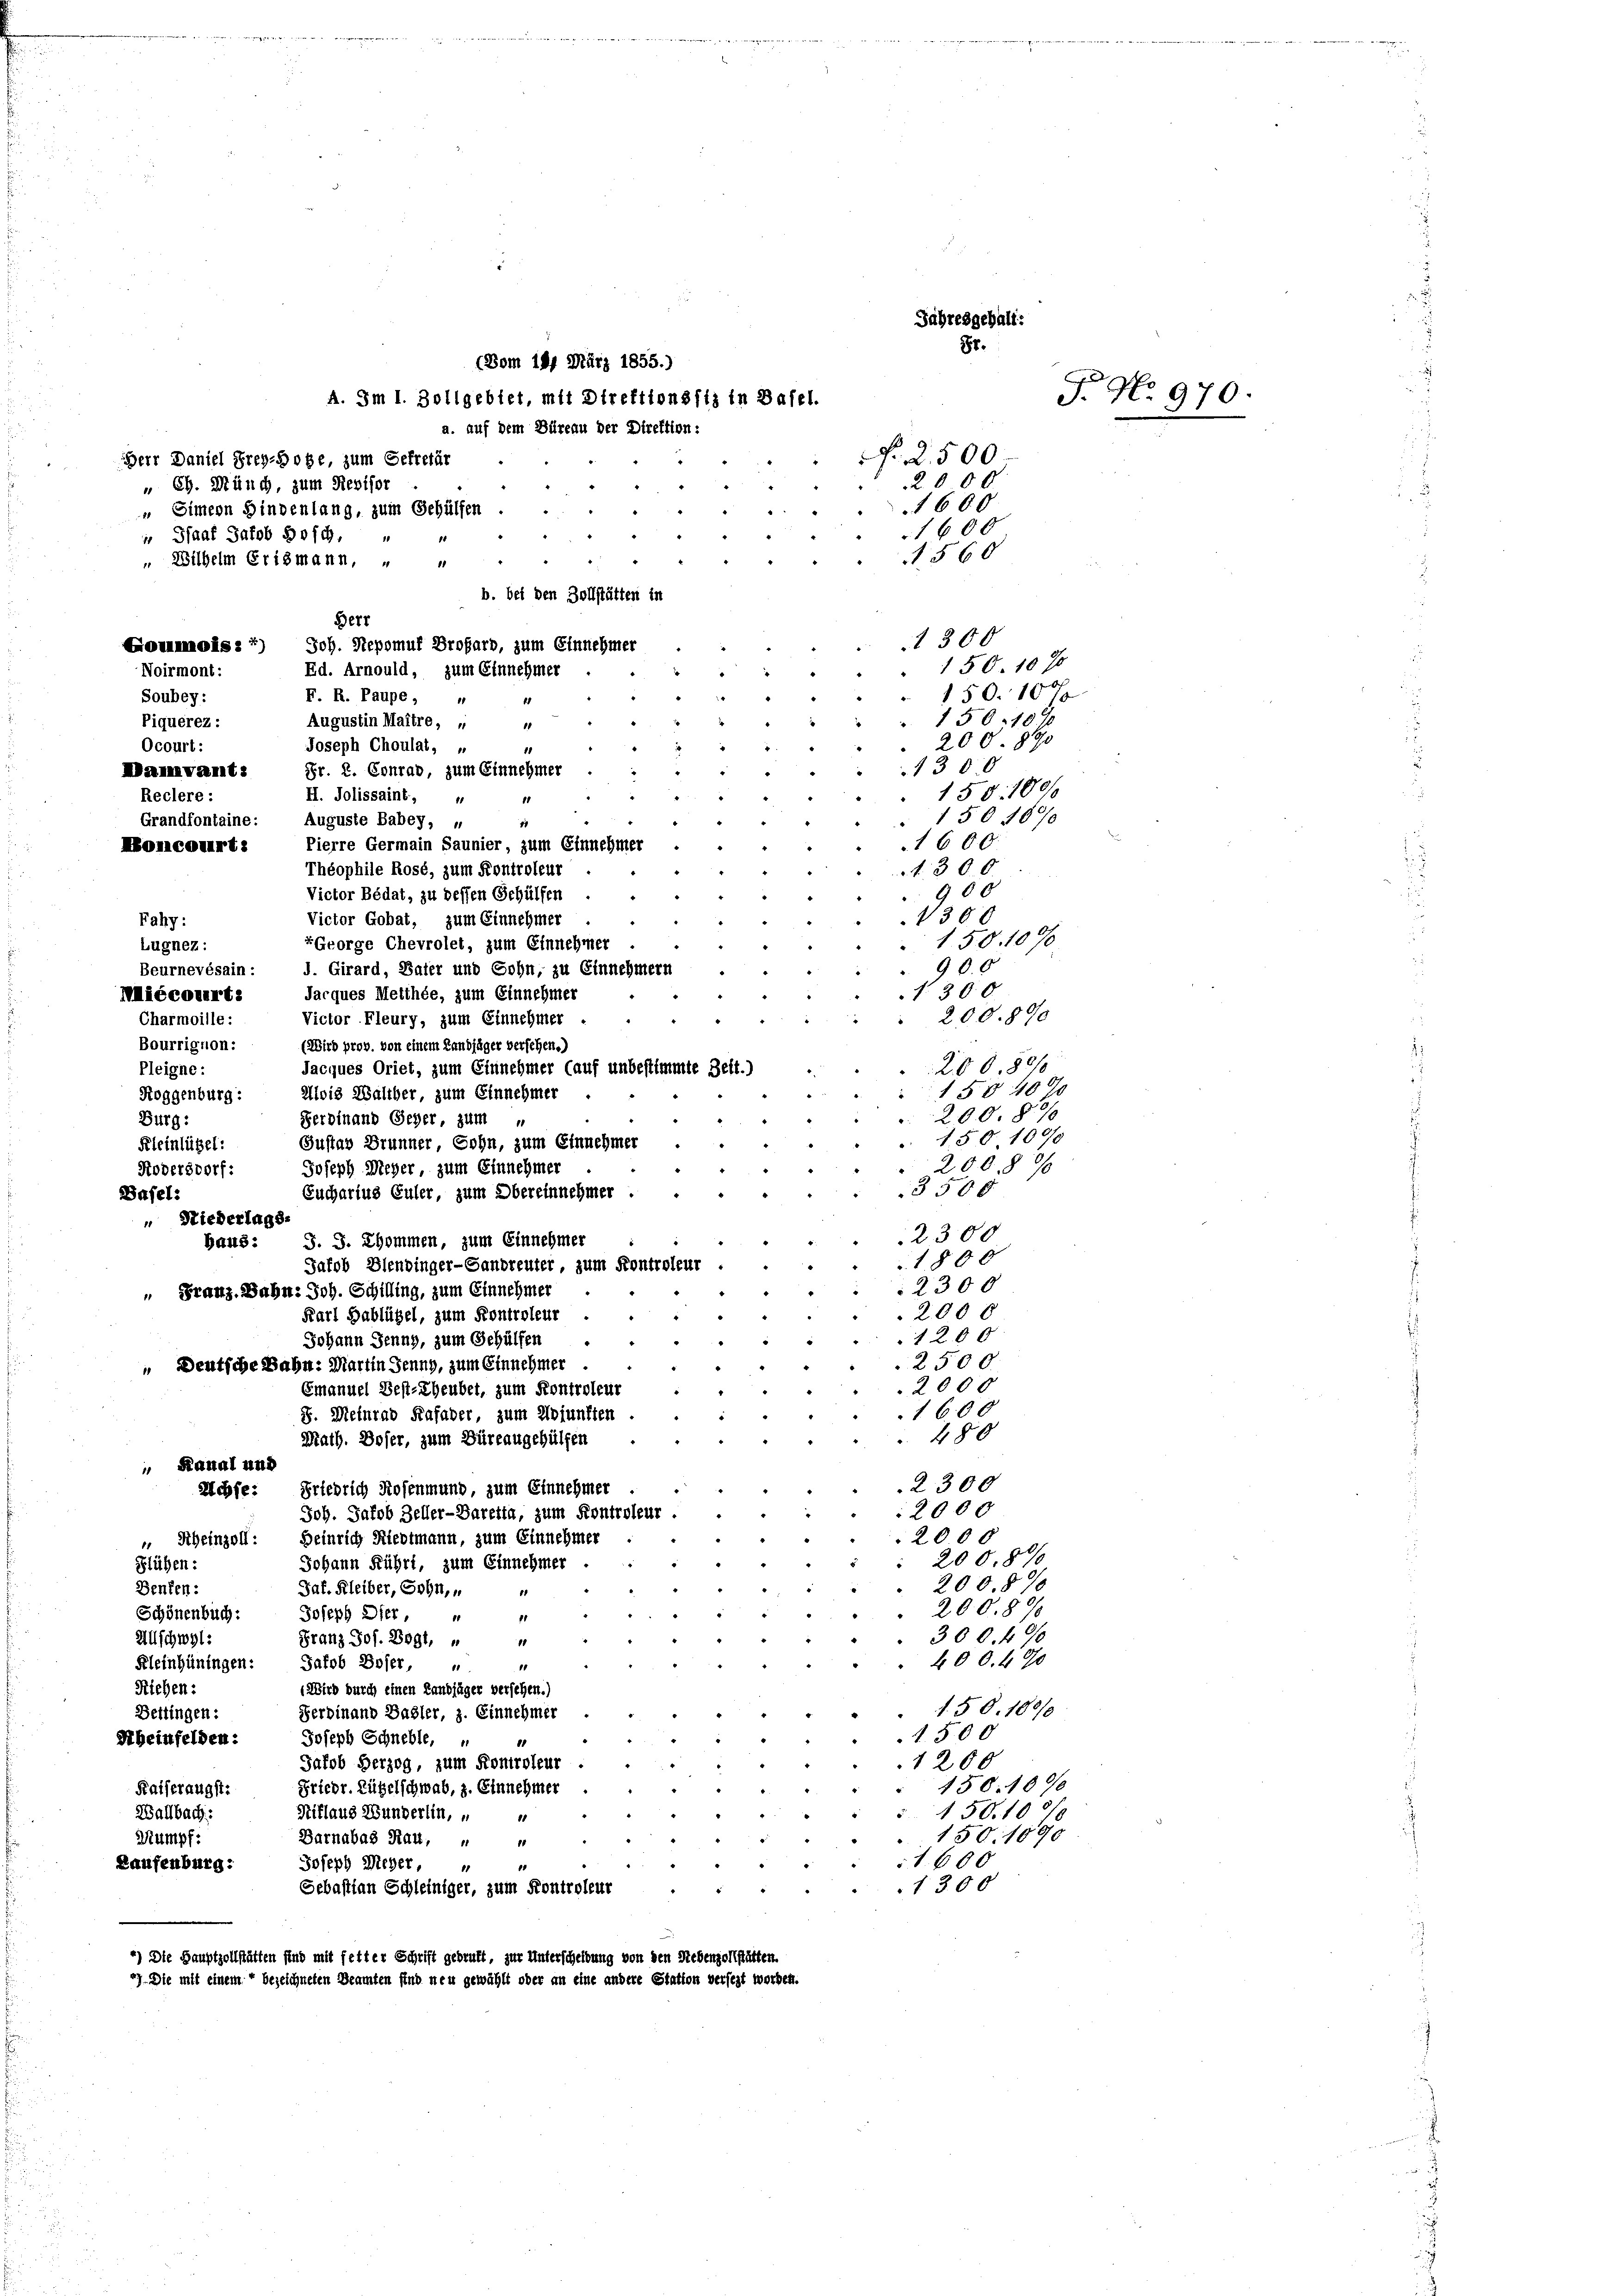
Herr Daniel Frey-Hofe, zum Gefretär
„ Ch. Münch, zum Revisor
 Staat Jakob Bosch.
"Wilhelm Crismann, „
Noirmont:
Soubey:
Piquerez:
Ocourt:
Naivant:
Reclere:
Grandfontaine:
Honcourt:

Fahy:
Lugnez:
Miccourt:
Bourrignon:
Pleigne:
Roggenburg:
Burg:
Kleinlügel:
Ködersdorf:
Basel:
 Niederlags-

Ba45:

47. Die mit eine

2500
2 000
1600
1600

(Wird prov. von einem Landjäger versehen.)
Jacques Oriet, zum Einnehmer (auf unbestimmte Ze
Alois Walther, zum Einnehmer
Ferdinand Geger, zum
Gustav Brunner, Sohn, zum Einnehmer
Joseph Meyer, zum Einnehmer
3500
2300
1800
Jakob Blendinger-Gandreuter, zum Kontroleur
2300
 Franz, Bahn: Joh. Schilling, zum Einnehmer
2000
Karl Hablügel, zum Kontroleur
1200
Johann Jenny, zum Gehülfen
2500.
 Deutsche Bahn: Martin Jenny, zum Einnehmer
2000
Emanuel Best-Eheubet, zum Kontroleur
1600
S. Meinrad Kafader, zum Adjunkten
480
Math. Doser, zum Büreaugehülfen
Kanal und
2300
Hesse: Friedrich Rosenmund, zum Einnehmer
2000
Joh. Jakob Zeller-Baretta, zum Kontroleur.
2000
" Scheinzoll: Heinrich Riedtmann, zum Einnehmer
200, 80%
Slühen:
Johann Führt, zum Einnehmer
2008%
Benten:
Jaf. Kleiber, Sohn,
1
200.87
Schönenbuch:
Joseph Dier,
81
300. 490
Allschwyl:
Franz Jos. Bogt, „
10
400. 490
Kleinhüningen: Jakob Boser,
10
11
Riehen:
Wird durch einen Landjäger versehen.)
150. 1890
Ferdinand Basler, z. Einnehmer
Bettingen:
1500
Sbeinfelden:
Joseph Schneble,
Jakob Herzog, zum Kontroleur
1200
150. 1090
Friedr. Rügelschwab, z. Einnehmer
Kaiseraugst:
150. 100f
Wallbach:
Riflaus Wunderlin, u
10
150. 1090
Sumpf.
Barnabas Hau,
1
1600
Raufenburg:
Joseph Meyer,
1300
Sebastian Schleiniger, zum Kontroleur

*) Die Hauptzo

(Vom 144 März 1855.)
A. Im 1. Zollgebiet, mit Direktionssiz in Basel.
a. auf dem Büreau der Direktion:
 Simeon Hindenlang, zum Gehülfen
.
560
11
b. bei den Zollstätten in
Herr
1300
Goumois, *) Joh. Nepomuf Brofarb, zum Einnehmer
150 10 %
Ed. Arnould, zum Einnehmer
150. 10 %
F. R. Paupe,
150. 100
Augustin Maitre, „
11
200. 890
Joseph Choulat, „
1
1300
Fr. 2. Conrad, zum Einnehmer
158. 180/
H. Jolissaint,
150 1890
Auguste Babey, u
1
1600
Pierre Germain Saunier, zum Einnehmer
130 x
Théophile Rose, zum Kontroleur
900
Victor Bédat, zu dessen Gehülfen
1300
Victor Gobat, zum Einnehmer
150. 107
xGeorge Chevrolet, zum Einnehmer
90.0
Beurnevésain: J. Girard, Bater und Sohn, zu Einnehmern
1. 300.
Jarques Metthée, zum Einnehmer
200.890
Victor Fleury, zum Einnehmer
Charmoille:

Eucharius Guler, zum Obereinnehmer
J. J. Chommen, zum Einnehmer

itten sind mit fetter Schrift gebruft, zur Unterscheibung von den Nebenzollst
n“ bezeichneten Beamten sind neu gewählt oder an eine andere Station versezt s

tr.

Jahresgehalt:
Sr.

200, 891
150407
200. 890
150. 1090
2008 %

Fr No. 970.